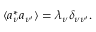
{ \langle } a _ { \nu } ^ { \ast } a _ { \nu ^ { \prime } } { \rangle } = \lambda _ { \nu } \delta _ { \nu \nu ^ { \prime } } .